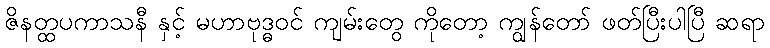
ဇိနတ္ထပကာသနီ နှင့် မဟာဗုဒ္ဓဝင် ကျမ်းတွေ ကိုတော့ ကျွန်တော် ဖတ်ပြီးပါပြီ ဆရာ